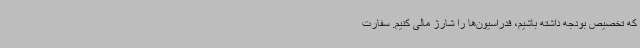
که تخصیص بودجه داشته باشیم، فدراسیون‌ها را شارژ مالی کنیم. سفارت